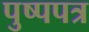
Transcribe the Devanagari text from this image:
पुष्पपत्र